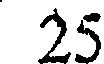
25